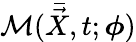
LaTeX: \mathcal{M}(\bar{\vec{X}},t;\mathbf{\boldsymbol{\phi}})